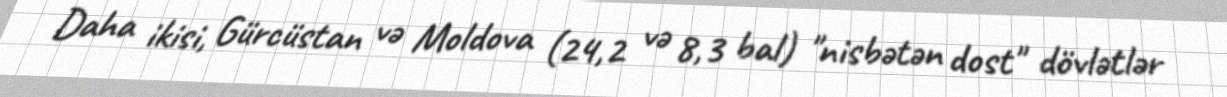
Daha ikisi, Gürcüstan və Moldova (24,2 və 8,3 bal) "nisbətən dost" dövlətlər